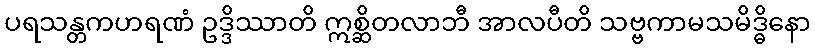
ပရသန္တကဟရဏံ ဥဒ္ဒိဿာတိ ဣစ္ဆိတလာဘီ အာလပီတိ သဗ္ဗကာမသမိဒ္ဓိနော